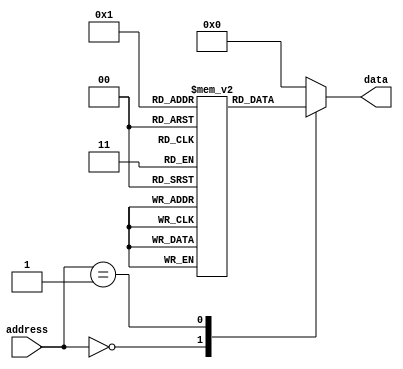
module fuse_rom (
    input [7:0] address,
    output reg [7:0] data
);

reg [7:0] mem[0:255];

initial begin
    // Initialize memory content
    mem[0] = 8'b11011010;
    mem[1] = 8'b01010101;
    // Add more initialization for other memory blocks if needed
end

always @* begin
    case(address)
        8'h00: data = mem[0];
        8'h01: data = mem[1];
        // Add more cases for other memory blocks if needed
        default: data = 8'b00000000;
    endcase
end

endmodule